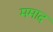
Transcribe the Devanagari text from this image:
ममाद